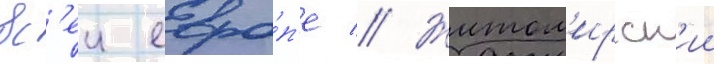
вс'еи евро́п'е // Житом'ирск'ии